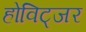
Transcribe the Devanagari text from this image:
होविट्जर